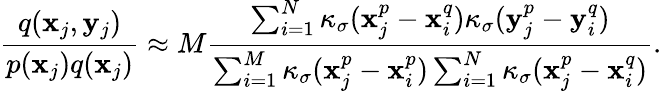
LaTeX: \frac{q(\mathbf{x}_{j},\mathbf{y}_{j})}{p(\mathbf{x}_{j})q(\mathbf{x}_{j})}\approx M\frac{\sum_{i=1}^{N}\kappa_{\sigma}(\mathbf{x}_{j}^{p}-\mathbf{x}_{i}^{q})\kappa_{\sigma}(\mathbf{y}_{j}^{p}-\mathbf{y}_{i}^{q})}{\sum_{i=1}^{M}\kappa_{\sigma}(\mathbf{x}_{j}^{p}-\mathbf{x}_{i}^{p})\sum_{i=1}^{N}\kappa_{\sigma}(\mathbf{x}_{j}^{p}-\mathbf{x}_{i}^{q})}.